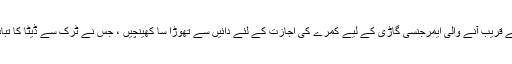
اس کے بعد ٹرک اور ٹریلر پیچھے سے قریب آنے والی ایمرجنسی گاڑی کے لیے کمرے کی اجازت کے لئے دائیں سے تھوڑا سا کھینچیں ، جس نے ٹرک سے ڈیٹا کا تبادلہ کرکے اپنی موجودگی کا اعلان کیا۔